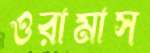
ওরামাস